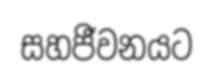
සහජීවනයට